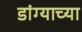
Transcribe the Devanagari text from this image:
डांग्याच्या